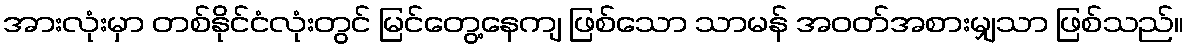
အားလုံးမှာ တစ်နိုင်ငံလုံးတွင် မြင်တွေ့နေကျ ဖြစ်သော သာမန် အဝတ်အစားမျှသာ ဖြစ်သည်။